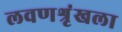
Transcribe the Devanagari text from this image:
लवणश्रृंखला